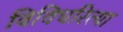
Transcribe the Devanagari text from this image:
विविधरित्या